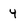
Character: 4